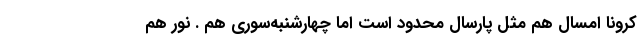
کرونا امسال هم مثل پارسال محدود است اما چهارشنبه‌سوری هم . نور هم